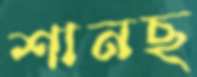
শানছ